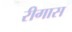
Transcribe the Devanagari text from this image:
रीगास